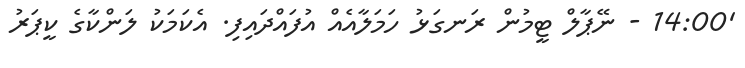
'14:00 - ނޭޕާލް ޓީމުން ރަނގަޅު ހަމަލާއެއް އުފައްދައިފި. އެކަމަކު ލަންކާގެ ކީޕަރު